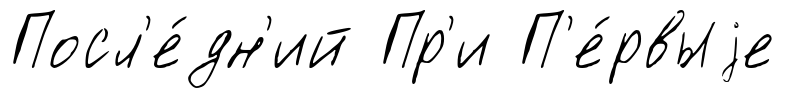
Посл'е́дн'ий Пр'и П'е́рвыjе